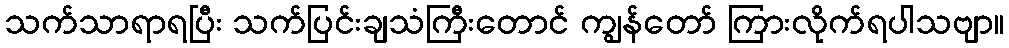
သက်သာရာရပြီး သက်ပြင်းချသံကြီးတောင် ကျွန်တော် ကြားလိုက်ရပါသဗျာ။